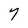
Character: 7